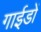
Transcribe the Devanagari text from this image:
गाईडों